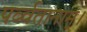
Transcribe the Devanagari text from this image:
पर्व्वतानाम्।